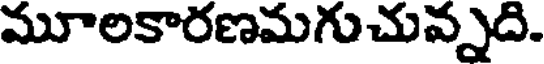
మూలకారణమగుచువ్నది.